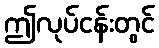
ဤလုပ်ငန်းတွင်